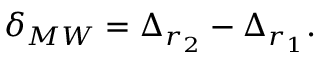
\delta _ { M W } = \Delta _ { r _ { 2 } } - \Delta _ { r _ { 1 } } .